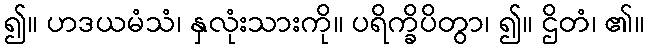
၍။ ဟဒယမံသံ၊ နှလုံးသားကို။ ပရိက္ခိပိတွာ၊ ၍။ ဌိတံ၊ ၏။